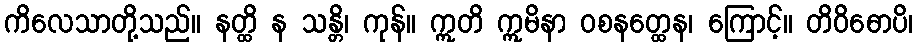
ကိလေသာတို့သည်။ နတ္ထိ န သန္တိ၊ ကုန်။ ဣတိ ဣမိနာ ဝစနတ္ထေန၊ ကြောင့်။ တိဝိဓောပိ၊